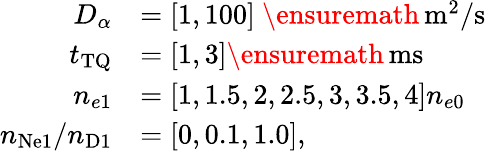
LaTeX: \begin{array}{rl}{D_{\alpha}}&{=[1,100]~\ensuremath{\, \mathrm{m^{2}/s}}}\\ {t_{\mathrm{TQ}}}&{=[1,3]\ensuremath{\, \mathrm{ms}}}\\ {n_{e1}}&{=[1,1.5,2,2.5,3,3.5,4]n_{e0}}\\ {n_{\mathrm{Ne1}}/n_{\mathrm{D1}}}&{=[0,0.1,1.0],}\end{array}